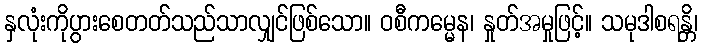
နှလုံးကိုပွားစေတတ်သည်သာလျှင်ဖြစ်သော။ ဝစီကမ္မေန၊ နှုတ်အမှုဖြင့်။ သမုဒါစရန္တိ၊